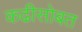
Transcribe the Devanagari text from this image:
कढीसोबत